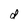
Character: d